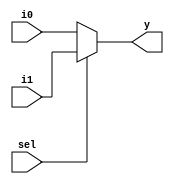
module sensoham_2to1mux (input i0 , input i1 , input sel , output reg y);
always @ (*)
begin
	if(sel)
		y <= i1;
	else 
		y <= i0;
end
endmodule